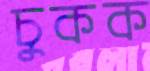
চুকক